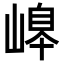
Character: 𡻆